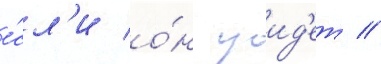
е́сл'и о́н уид'ет //